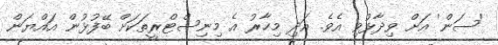
'ސަން' އަށް ވިދާޅުވި އެވެ. އަދި މިހާރު އެ މިނިސްޓްރީތަކަށް ބޭފުޅުން އައްޔަން